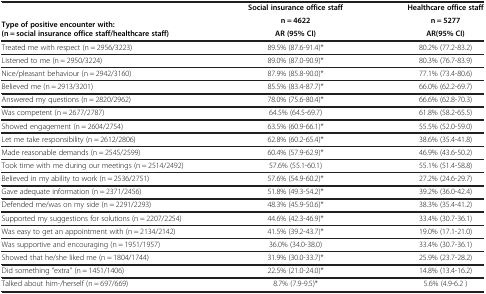
<table><thead><tr><td rowspan="3"><b>Type of positive encounter with: (n = social insurance office staff/healthcare staff)</b></td><td><b>Social insurance office staff</b></td><td><b>Healthcare office staff</b></td></tr><tr><td><b>n = 4622</b></td><td><b>n = 5277</b></td></tr><tr><td><b>AR (95% CI)</b></td><td><b>AR(95% CI)</b></td></tr></thead><tbody><tr><td>Treated me with respect (n = 2956/3223)</td><td>89.5% (87.6-91.4)*</td><td>80.2% (77.2-83.2)</td></tr><tr><td>Listened to me (n = 2950/3224)</td><td>89.0% (87.0-90.9)*</td><td>80.3% (76.7-83.9)</td></tr><tr><td>Nice/pleasant behaviour (n = 2942/3160)</td><td>87.9% (85.8-90.0)*</td><td>77.1% (73.4-80.6)</td></tr><tr><td>Believed me (n = 2913/3201)</td><td>85.5% (83.4-87.7)*</td><td>66.0% (62.2-69.7)</td></tr><tr><td>Answered my questions (n = 2820/2962)</td><td>78.0% (75.6-80.4)*</td><td>66.6% (62.8-70.3)</td></tr><tr><td>Was competent (n = 2677/2787)</td><td>64.5% (64.5-69.7)</td><td>61.8% (58.2-65.5)</td></tr><tr><td>Showed engagement (n = 2604/2754)</td><td>63.5% (60.9-66.1)*</td><td>55.5% (52.0-59.0)</td></tr><tr><td>Let me take responsibility (n = 2612/2806)</td><td>62.8% (60.2-65.4)*</td><td>38.6% (35.4-41.8)</td></tr><tr><td>Made reasonable demands (n = 2545/2599)</td><td>60.4% (57.9-62.9)*</td><td>46.9% (43.6-50.2)</td></tr><tr><td>Took time with me during our meetings (n = 2514/2492)</td><td>57.6% (55.1-60.1)</td><td>55.1% (51.4-58.8)</td></tr><tr><td>Believed in my ability to work (n = 2536/2751)</td><td>57.6% (54.9-60.2)*</td><td>27.2% (24.6-29.7)</td></tr><tr><td>Gave adequate information (n = 2371/2456)</td><td>51.8% (49.3-54.2)*</td><td>39.2% (36.0-42.4)</td></tr><tr><td>Defended me/was on my side (n = 2291/2293)</td><td>48.3% (45.9-50.6)*</td><td>38.3% (35.4-41.2)</td></tr><tr><td>Supported my suggestions for solutions (n = 2207/2254)</td><td>44.6% (42.3-46.9)*</td><td>33.4% (30.7-36.1)</td></tr><tr><td>Was easy to get an appointment with (n = 2134/2142)</td><td>41.5% (39.2-43.7)*</td><td>19.0% (17.1-21.0)</td></tr><tr><td>Was supportive and encouraging (n = 1951/1957)</td><td>36.0% (34.0-38.0)</td><td>33.4% (30.7-36.1)</td></tr><tr><td>Showed that he/she liked me (n = 1804/1744)</td><td>31.9% (30.0-33.7)*</td><td>25.9% (23.7-28.2)</td></tr><tr><td>Did something “extra” (n = 1451/1406)</td><td>22.5% (21.0-24.0)*</td><td>14.8% (13.4-16.2)</td></tr><tr><td>Talked about him-/herself (n = 697/669)</td><td>8.7% (7.9-9.5)*</td><td>5.6% (4.9-6.2 )</td></tr></tbody></table>